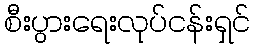
စီးပွားရေးလုပ်ငန်းရှင်